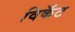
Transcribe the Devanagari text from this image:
विकॅट